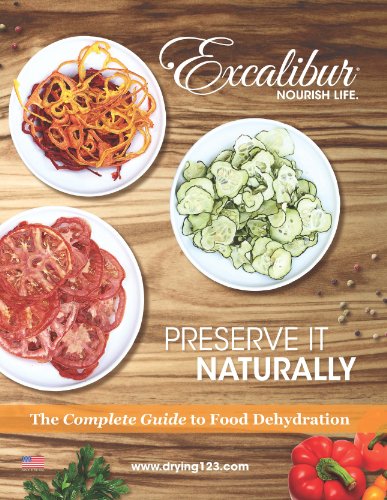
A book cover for Preserve It Naturally: A Complete Guide to Food Dehydration; Robert Scharff & Associates; Cookbooks, Food & Wine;